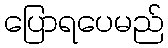
ပြောရပေမည်